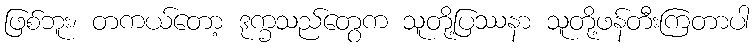
ဖြစ်ဘူး၊ တကယ်တော့ ဒုက္ခသည်တွေက သူတို့ပြဿနာ သူတို့ဖန်တီးကြတာပါ